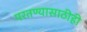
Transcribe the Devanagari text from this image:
परतण्यासाठीही